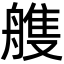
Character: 䑾